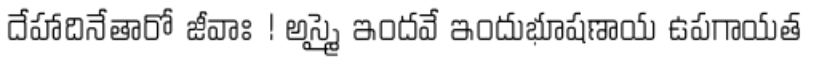
దేహాదినేతారో జీవాః ! అస్మై ఇందవే ఇందుభూషణాయ ఉపగాయత